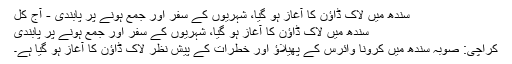
سندھ میں لاک ڈاؤن کا آغاز ہو گیا، شہریوں کے سفر اور جمع ہونے پر پابندی - آج کل
سندھ میں لاک ڈاؤن کا آغاز ہو گیا، شہریوں کے سفر اور جمع ہونے پر پابندی
کراچی: صوبہ سندھ میں کرونا وائرس کے پھیلاؤ اور خطرات کے پیش نظر لاک ڈاؤن کا آغاز ہو گیا ہے۔